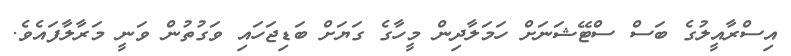
އިސްރާއީލުގެ ބަސް ސްޓޭޝަނަށް ހަމަލާދިން މީހާގެ ގަޔަށް ބަޑިޖަހައި ވަގުތުން ވަނީ މަރާލާފައެވެ.